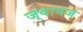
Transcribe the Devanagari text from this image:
ज्वायज़